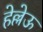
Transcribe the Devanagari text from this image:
हेल्लेऊ